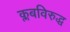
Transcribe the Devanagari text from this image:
क्लबविरुद्ध